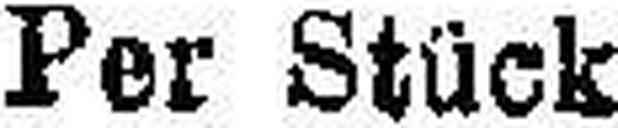
Per Stück